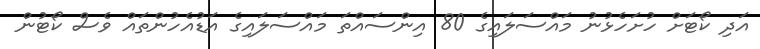
އަދި ކޯޓަށް ހުށަހެޅުނު މައްސަލައިގެ 80 އިންސައްތަ މައްސަލައިގެ އަޑުއެހުންތައް ވެސް ކޯޓުން